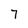
Character: 7